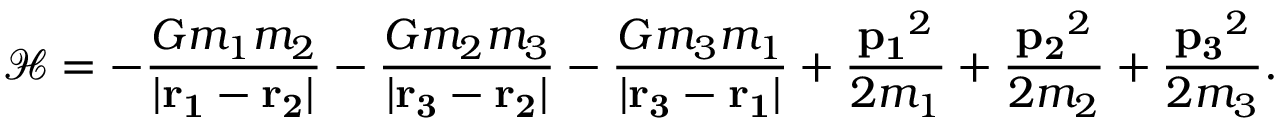
{ \mathcal { H } } = - { \frac { G m _ { 1 } m _ { 2 } } { | \mathbf { r _ { 1 } } - \mathbf { r _ { 2 } } | } } - { \frac { G m _ { 2 } m _ { 3 } } { | \mathbf { r _ { 3 } } - \mathbf { r _ { 2 } } | } } - { \frac { G m _ { 3 } m _ { 1 } } { | \mathbf { r _ { 3 } } - \mathbf { r _ { 1 } } | } } + { \frac { \mathbf { p _ { 1 } } ^ { 2 } } { 2 m _ { 1 } } } + { \frac { \mathbf { p _ { 2 } } ^ { 2 } } { 2 m _ { 2 } } } + { \frac { \mathbf { p _ { 3 } } ^ { 2 } } { 2 m _ { 3 } } } .